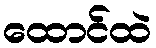
ထောင်ထဲ